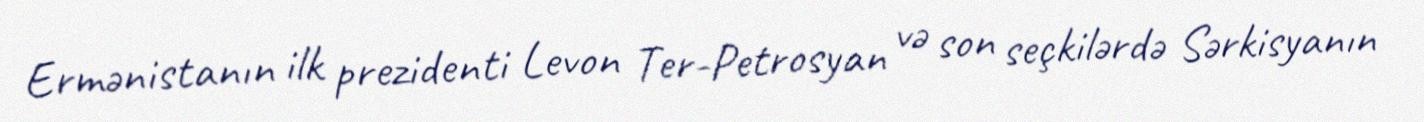
Ermənistanın ilk prezidenti Levon Ter-Petrosyan və son seçkilərdə Sərkisyanın